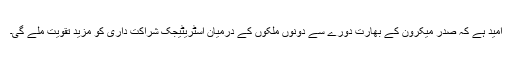
امید ہے کہ صدر میکرون کے بھارت دورے سے دونوں ملکوں کے درمیان اسٹریٹیجک شراکت داری کو مزید تقویت ملے گی۔